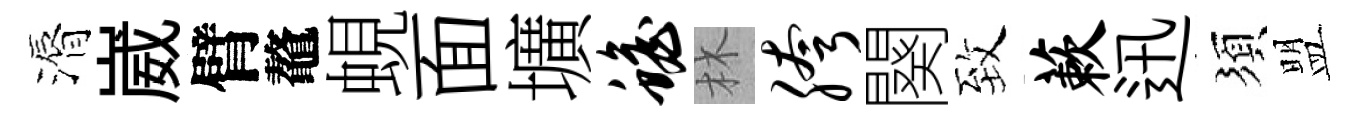
漘崴臂鼇蜆面壙蟾林胯闋致蔌迅須盟